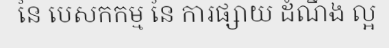
នៃ បេសកកម្ម នៃ ការផ្សាយ ដំណឹង ល្អ